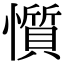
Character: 懫